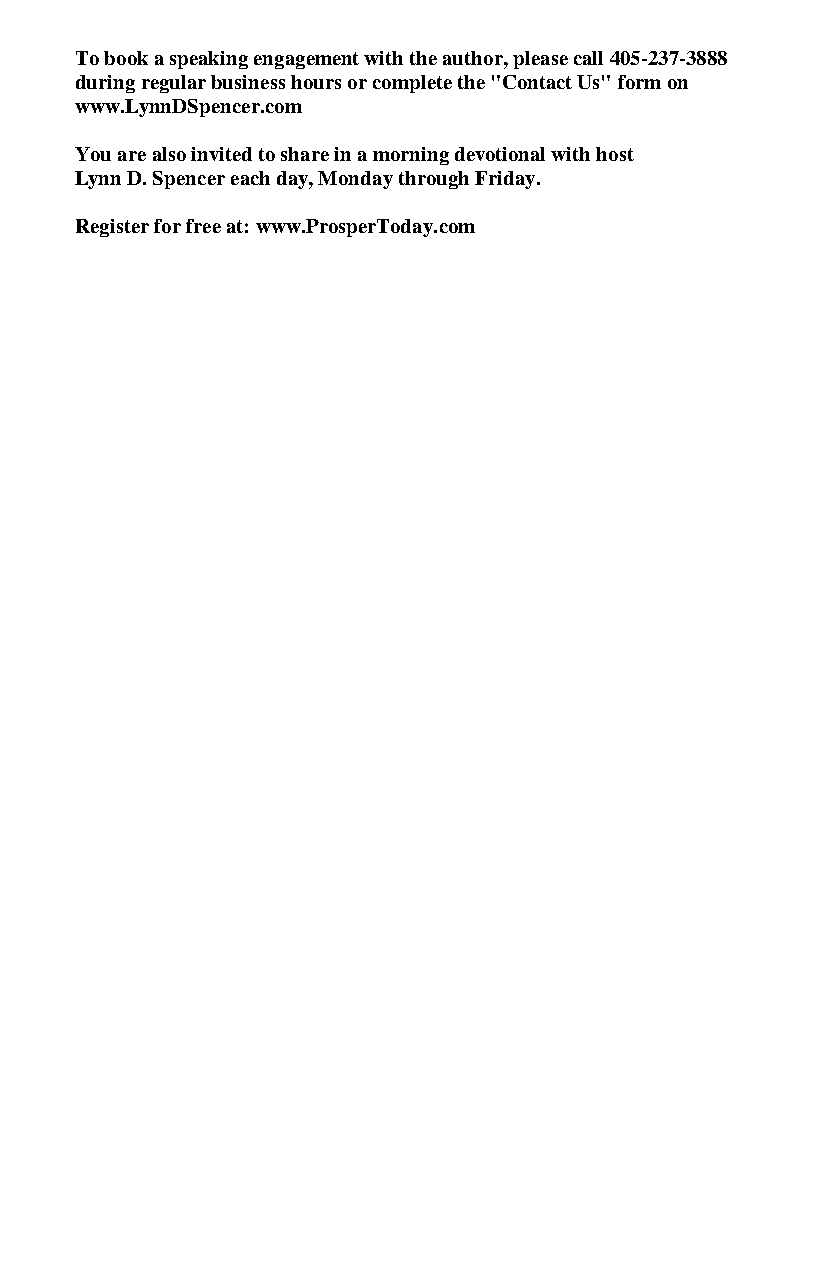
To book a speaking engagement with the author, please call 405-237-3888
 during regular business hours or complete the "Contact Us" form on
 www.LynnDSpencer.com
 You are also invited to share in a morning devotional with host
 Lynn D. Spencer each day, Monday through Friday.
 Register for free at: www.ProsperToday.com